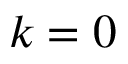
k = 0